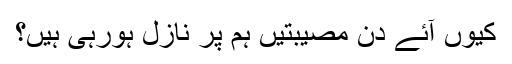
کیوں آئے دن مصیبتیں ہم پر نازل ہورہی ہیں؟